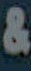
&